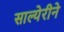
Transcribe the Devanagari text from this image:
साल्येरीने